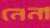
নেনা